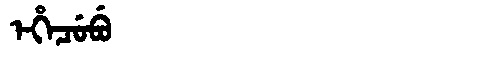
Manchu: ᡝᡥᡝᠴᡠᠪᡠ
Romanization: EHECUBU